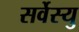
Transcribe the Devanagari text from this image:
सर्वेस्यु